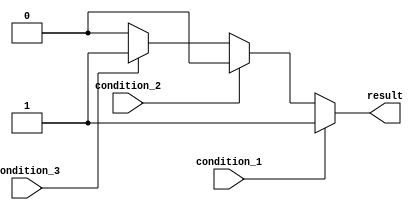
module if_else_ladder_statement (
    input wire condition_1,
    input wire condition_2,
    input wire condition_3,
    output reg result
);

always @(*)
begin
    if (condition_1) begin
        result <= 1;
    end
    else if (condition_2) begin
        result <= 2;
    end
    else if (condition_3) begin
        result <= 3;
    end
    else begin
        result <= 0;
    end
end

endmodule